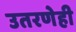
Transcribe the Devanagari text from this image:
उतरणेही